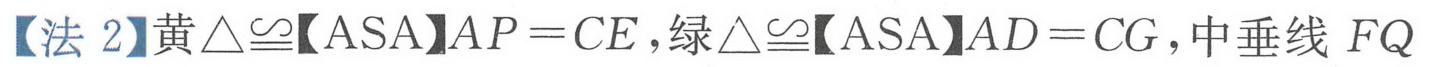
【法 2】黄\(\triangle\cong\)【ASA】\(AP = CE\)，绿\(\triangle\cong\)【ASA】\(AD = CG\)，中垂线 \(FQ\)